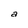
Character: a